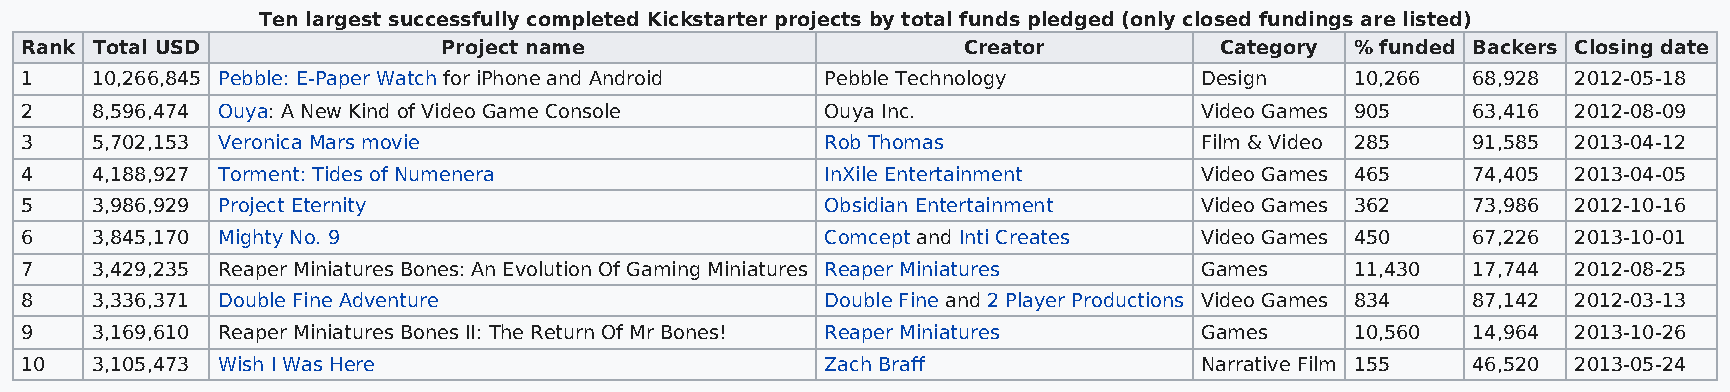
Ten largest successfully completed Kickstarter projects by total funds pledged (only closed fundings are listed)
 Rank Total USD              Project name                       Creator          Category % funded Backers Closing date
 1    10,266,845 Pebble: E-Paper Watch for iPhone and Android Pebble Technology Design    10,266 68,928 2012-05-18
 2    8,596,474 Ouya: A New Kind of Video Game Console Ouya Inc.               Video Games 905   63,416 2012-08-09
 3    5,702,153 Veronica Mars movie                    Rob Thomas              Film & Video 285  91,585 2013-04-12
 4    4,188,927 Torment: Tides of Numenera             InXile Entertainment    Video Games 465   74,405 2013-04-05
 5    3,986,929 Project Eternity                       Obsidian Entertainment  Video Games 362   73,986 2012-10-16
 6    3,845,170 Mighty No. 9                           Comcept and Inti Creates Video Games 450  67,226 2013-10-01
 7    3,429,235 Reaper Miniatures Bones: An Evolution Of Gaming Miniatures Reaper Miniatures Games 11,430 17,744 2012-08-25
 8    3,336,371 Double Fine Adventure                  Double Fine and 2 Player Productions Video Games 834 87,142 2012-03-13
 9    3,169,610 Reaper Miniatures Bones II: The Return Of Mr Bones! Reaper Miniatures Games 10,560 14,964 2013-10-26
 10   3,105,473 Wish I Was Here                        Zach Braff              Narrative Film 155 46,520 2013-05-24